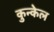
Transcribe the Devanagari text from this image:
कुन्केल